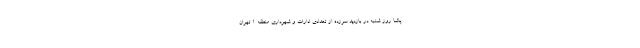
پاشا روز شنبه در بازدید سرزده از تعدادی ادارات و شهرداری منطقه ۱ تهران